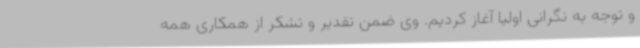
و توجه به نگرانی اولیا آغاز کردیم. وی ضمن تقدیر و تشکر از همکاری همه